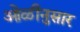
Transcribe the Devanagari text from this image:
ओळीनुसार